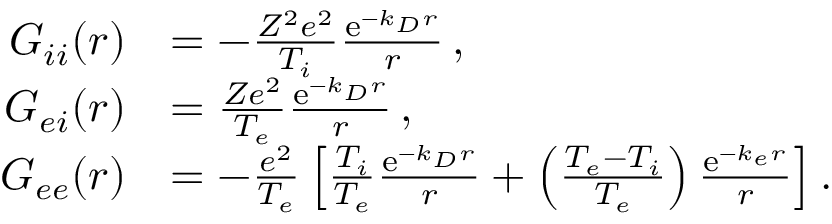
\begin{array} { r l } { G _ { i i } ( \boldsymbol { r } ) } & { = - \frac { Z ^ { 2 } e ^ { 2 } } { T _ { i } } \frac { \mathrm { e } ^ { - k _ { D } r } } { r } \, , } \\ { G _ { e i } ( \boldsymbol { r } ) } & { = \frac { Z e ^ { 2 } } { T _ { e } } \frac { \mathrm { e } ^ { - k _ { D } r } } { r } \, , } \\ { G _ { e e } ( \boldsymbol { r } ) } & { = - \frac { e ^ { 2 } } { T _ { e } } \left[ \frac { T _ { i } } { T _ { e } } \frac { \mathrm { e } ^ { - k _ { D } r } } { r } + \left( \frac { T _ { e } - T _ { i } } { T _ { e } } \right) \frac { \mathrm { e } ^ { - k _ { e } r } } { r } \right] . } \end{array}